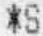
*S